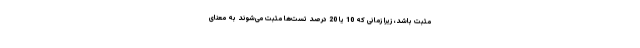
مثبت باشد، زیرا زمانی که 10 یا 20 درصد تست‌ها مثبت می‌شوند به معنای